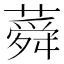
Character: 蕣